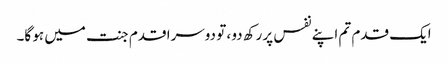
ایک قدم تم اپنے نفس پر رکھ دو ، تو دوسرا قدم جنت میں ہو گا۔